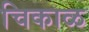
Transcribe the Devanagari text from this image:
चिकाळ